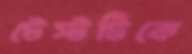
টেস্টটিকে